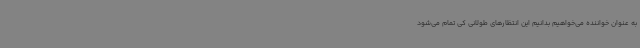
به عنوان خواننده می‌خواهیم بدانیم این انتظارهای طولانی کی تمام می‌شود